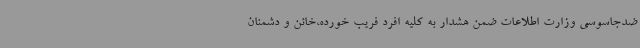
ضدجاسوسی وزارت اطلاعات ضمن هشدار به کلیه افرد فریب خورده،خائن و دشمنان